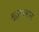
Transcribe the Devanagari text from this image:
मूल्‍यावान